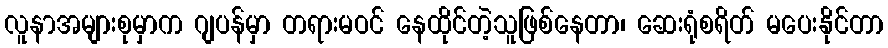
လူနာအများစုမှာက ဂျပန်မှာ တရားမဝင် နေထိုင်တဲ့သူဖြစ်နေတာ၊ ဆေးရုံစရိတ် မပေးနိုင်တာ